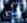
حتى